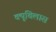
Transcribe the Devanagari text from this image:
क्यूबिलास